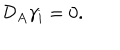
LaTeX: { \cal { D } } _ { A } \gamma _ { i } = 0 .